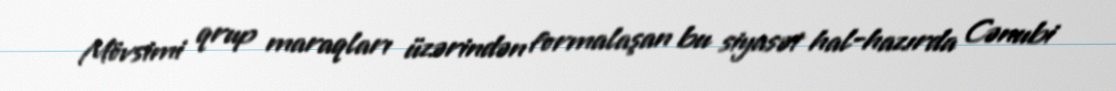
Mövsimi qrup maraqları üzərindən formalaşan bu siyasət hal-hazırda Cənubi